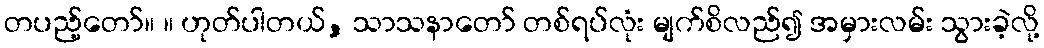
တပည့်တော်။ ။ ဟုတ်ပါတယ်, သာသနာတော် တစ်ရပ်လုံး မျက်စိလည်၍ အမှားလမ်း သွားခဲ့လို့